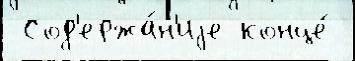
 Сод'ержа́н'иjе конце́